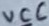
Text: VCC